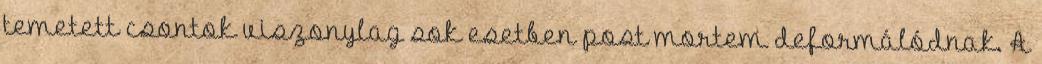
temetett csontok viszonylag sok esetben post mortem deformálódnak. A